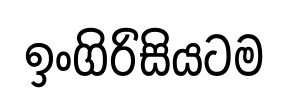
ඉංගිරිසියටම